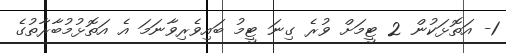
1- އަތޮޅަކުން 2 ޓީމަށް ވުރެ ގިނަ ޓީމު ބައިވެރިވާނަމަ އެ އަތޮޅުމުބާރާތުގެ